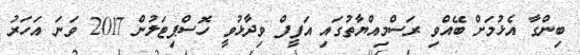
ބިންގާ އެޅުމަށް ބޭއްވި ރަސްމިއްޔާތުގައި އަފީފް ވިދާޅުވީ ހޮސްޕިޓަލުން 2017 ވަނަ އަހަރު